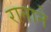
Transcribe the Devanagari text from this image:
रानाने